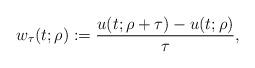
LaTeX: \begin{align*} w_{\tau} (t;\rho) := \frac{u(t;\rho+\tau) - u(t;\rho)}{\tau}, \end{align*}